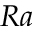
R a